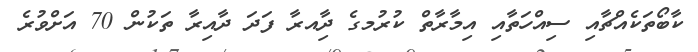
ކާބޯތަކެއްޗާއި ސިއްހަތާއި އިމާރާތް ކުރުމގެ ދާިއރާ ފަދަ ދާއިރާ ތަކުން 70 އަށްވުރެ